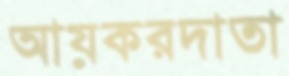
আয়করদাতা